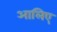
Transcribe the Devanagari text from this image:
आलिए